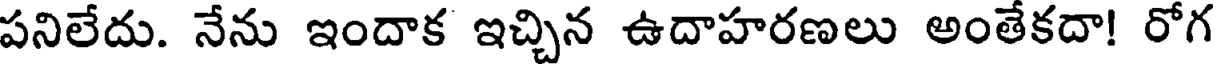
పనిలేదు. నేను ఇందాక ఇచ్చిన ఉదాహరణలు అంతేకదా! రోగ